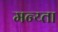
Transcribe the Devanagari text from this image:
मन्य्ता